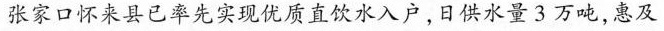
张家口怀来县已率先实现优质直饮水入户,日供水量3 万吨,惠及